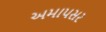
અમાપસર